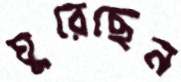
ঘুরেছেন